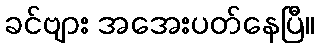
ခင်ဗျား အအေးပတ်နေပြီ။